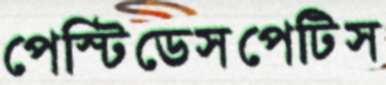
পেস্টিডেসপেটিস